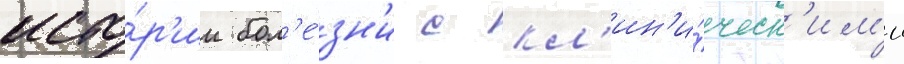
исто́р'ии бол'е́зн'и с кл'ин'и́ческ'им'и